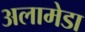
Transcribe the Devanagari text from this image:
अलामेडा